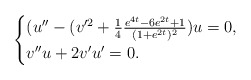
\begin{align*}\begin{cases}(u''-(v'^2+\frac{1}{4}\frac{e^{4t}-6e^{2t}+1}{(1+e^{2t})^2})u=0,\\v''u+2v'u'=0.\end{cases}\end{align*}